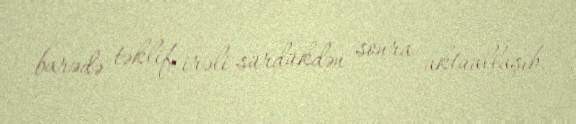
barədə təklif irəli sürdükdən sonra aktuallaşıb.